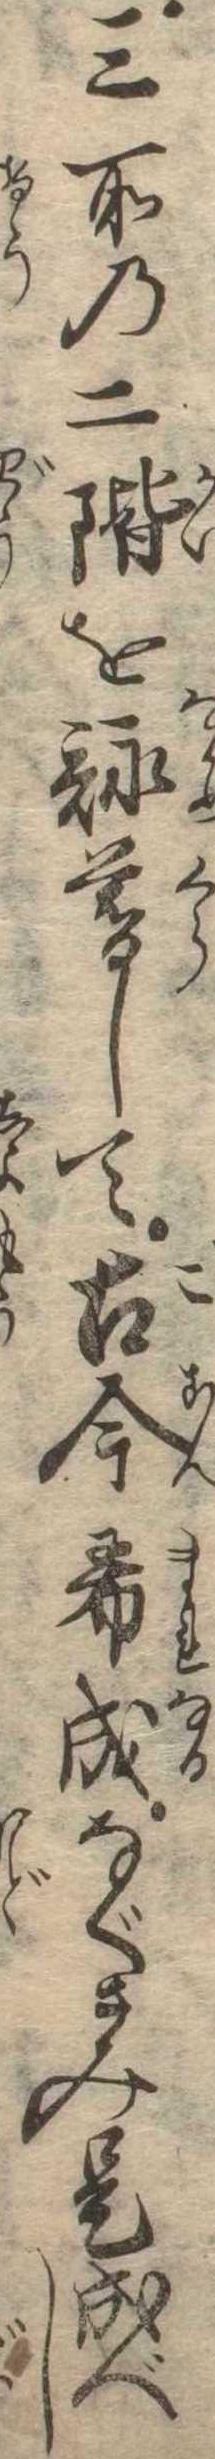
三所の二階を詠暮して古今希成なぐさみ是成べし